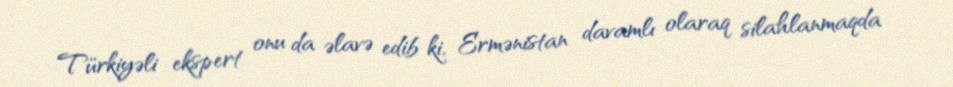
Türkiyəli ekspert onu da əlavə edib ki, Ermənistan davamlı olaraq silahlanmaqda